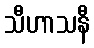
သီဟာသနီ